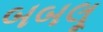
બબલૂ